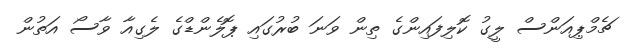
ޗެމްޕިއަންސް ލީގު ކޮލިފައިންގެ ތިން ވަނަ ބުރުގައި ޕޮލެންޑްގެ ލެގިއާ ވާސޯ އަތުން